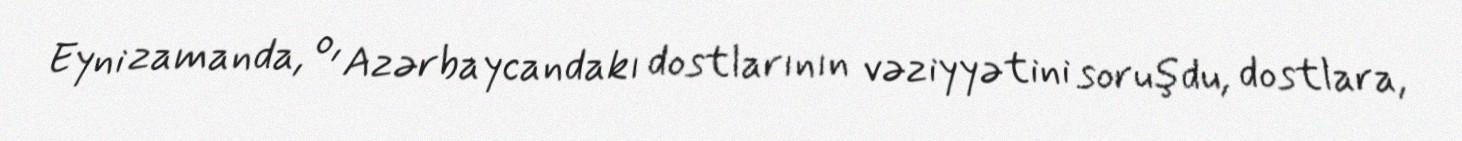
Eyni zamanda, o, Azərbaycandakı dostlarının vəziyyətini soruşdu, dostlara,